Vaccination Hyderabad 1872-1889 - 1872-1889
Year: 1872
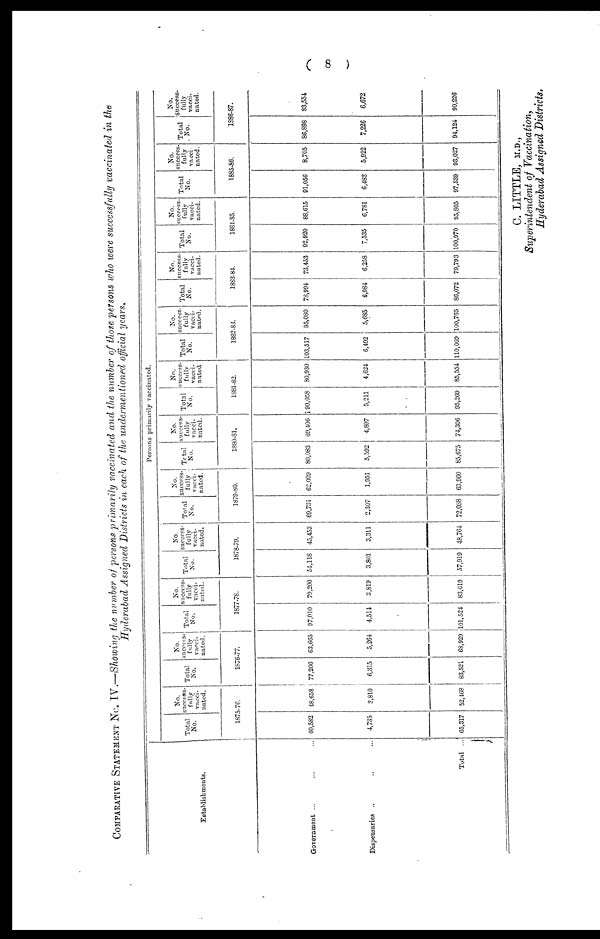
( 8 )
COMPARATIVE STATEMENT NO. IV.—Showing the number of persons primarily vaccinated and the number of those persons who were successfully vaccinated in the
Hyderabad Assigned Districts in each of the undermentioned official years.
Establishments.
Government ... ... ...
Dispensaries
...
...
...
Total ...
Persons primarily vaccinated.
Total
No.
No.
success-
fully
vacci-
nated.
1875-76.
60,582
4,735
65,317
48,658
3,810
52,468
Total
No.
No.
succes-s
fully
vacci-
nated.
1876-77.
77,206
6,315
83,521
63,665
5,264
68,929
Total
No.
No.
success-
fully
vacci-
nated.
1877-78.
97,010
4,514
101,524
79,200
3,819
83,019
Total
No.
No.
success-
fully
vacci-
nated.
1878-79.
54,118
3,801
57,919
45,453
3,311
48,764
Total
No.
No.
success-
fully
vacci-
nated.
1879-80.
69,731
2,307
72,038
62,009
1,951
63,960
Total
No.
No.
success-
fully
vacci-
nated.
1880-81.
80,083
5,592
85,675
69,406
4,897
74,306
Total
No.
No.
success-
fully
vacci-
nated
1881.82.
90,058
5,211
95,269
80,930
4,624
85,554
Total
No.
No.
success-
fully
vacci-
nated
1882-83.
103,517
6,492
110,009
95,080
5,685
100,765
Total
No.
No.
success-
fully
vacci-
nated.
1883-84.
78,994
6,984
86,072
73,453
6,258
79,793
Total
No.
No.
success-
fully
vacci-
nated.
1884-85.
92,920
7,535
100,970
88,615
6,781
95,805
Total
No.
No.
success-
fully
vacci-
nated.
1885-86.
91,056
6,488
97,539
8,705
5,922
93,027
Total
No.
No.
success-
fully
vacci-
nated.
1886-87.
86,898
7,226
94,124
83,554
6,672
90,226
C. LITTLE, M.D.,
Superintendent of Vaccination,
Hyderabad Assigned Districts,